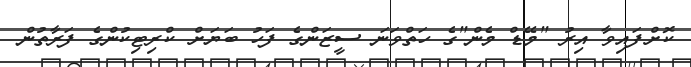
ކޮށްފައިވާ އިރު "މޭޑް މެން"ގެ ހަތްވަނަ ސީޒަންގެ ފަހު ބަޔަށް ކްރިޓިކުންގެ ފަރާތުން